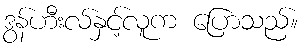
ဒွန်ဟီးလ်နှင့်လူက ပြောသည်။